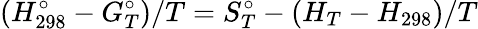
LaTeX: (H_{298}^{\circ}-G_{T}^{\circ})/T=S_{T}^{\circ}-(H_{T}-H_{298})/T